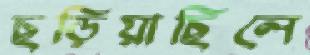
ছড়িয়াছিলে